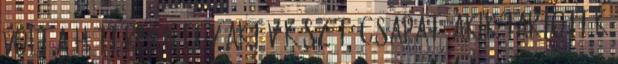
volt a háttérben egy aktív készítő csapat, akik tartották